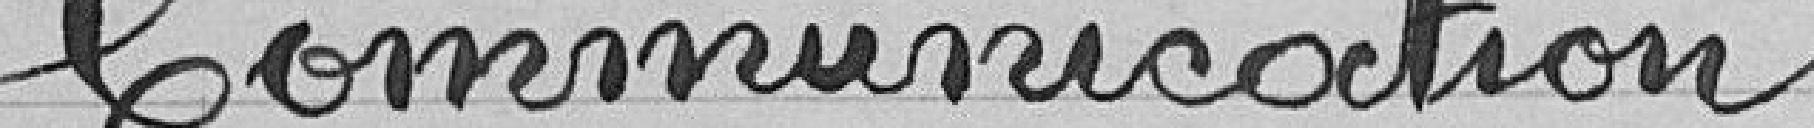
Communication